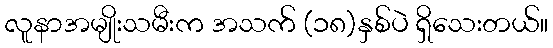
လူနာအမျိုးသမီးက အသက် (၁၈)နှစ်ပဲ ရှိသေးတယ်။